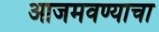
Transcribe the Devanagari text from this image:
आजमवण्याचा